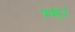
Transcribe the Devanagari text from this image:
म्म्।